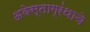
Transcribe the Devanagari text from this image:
अवेस्ताग्रंथाचे